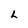
Character: L